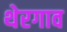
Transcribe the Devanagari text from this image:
थेरगाव